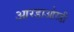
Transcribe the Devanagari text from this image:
आरडाओरडी